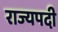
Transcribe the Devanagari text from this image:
राज्यपदी